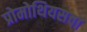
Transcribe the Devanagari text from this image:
प्रोमोथियसचा